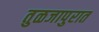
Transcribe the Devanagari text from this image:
तुळजापुरात